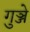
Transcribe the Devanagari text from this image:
गुञ्जे